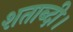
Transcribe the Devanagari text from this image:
शताब्दी।